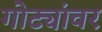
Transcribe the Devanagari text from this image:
गोट्यांवर